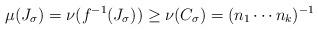
LaTeX: \begin{align*}\mu(J_{\sigma})=\nu(f^{-1}(J_{\sigma}))\geq\nu(C_{\sigma})=(n_{1}\cdots n_{k})^{-1}\end{align*}